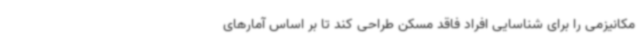
مکانیزمی را برای شناسایی افراد فاقد مسکن طراحی کند تا بر اساس آمارهای